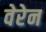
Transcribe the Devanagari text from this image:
वेरेन